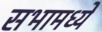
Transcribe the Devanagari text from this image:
सभामध्ये